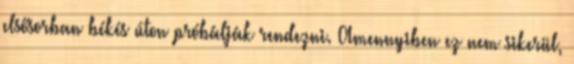
elsősorban békés úton próbálják rendezni. Amennyiben ez nem sikerül,